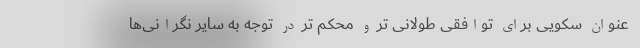
عنوان سکویی برای توافقی طولانی تر و محکم تر در توجه به سایر نگرانی‌ها